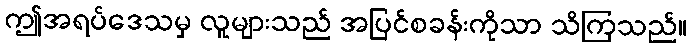
ဤအရပ်ဒေသမှ လူများသည် အပြင်စခန်းကိုသာ သိကြသည်။